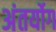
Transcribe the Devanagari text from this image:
अंतर्योग